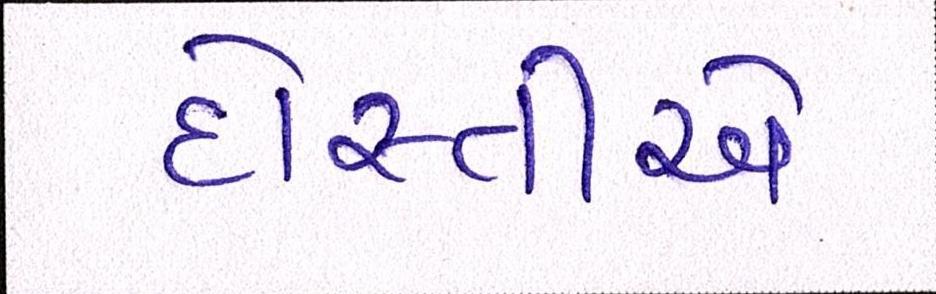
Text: દોસ્તીએ